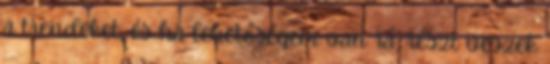
a trendeket, és ha lehetőségem van rá, részt veszek